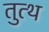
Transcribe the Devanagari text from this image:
तुत्थ